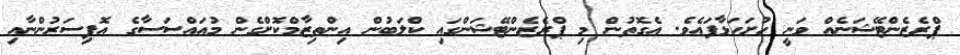
ޕްރެޒެންޓޭޝަނެއް ވަނީ ހުށަހަޅާފައެވެ. އެގޮތުން މި ޕްރެޒެންޓޭޝަންގައި ކްލަބުން އިންތިޒާމްކޮށްގެން މުއައްސަސާގެ އޮފިސަރުންނާއި